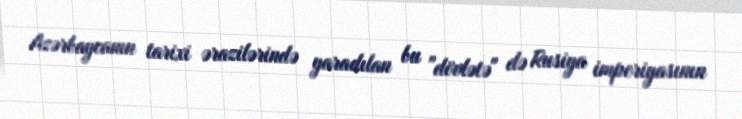
Azərbaycanın tarixi ərazilərində yaradılan bu "dövlətə" də Rusiya imperiyasının